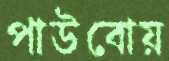
পাউবোয়